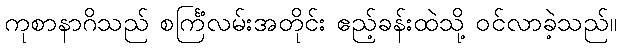
ကုစာနာဂိသည် စင်္ကြံလမ်းအတိုင်း ဧည့်ခန်းထဲသို့ ဝင်လာခဲ့သည်။